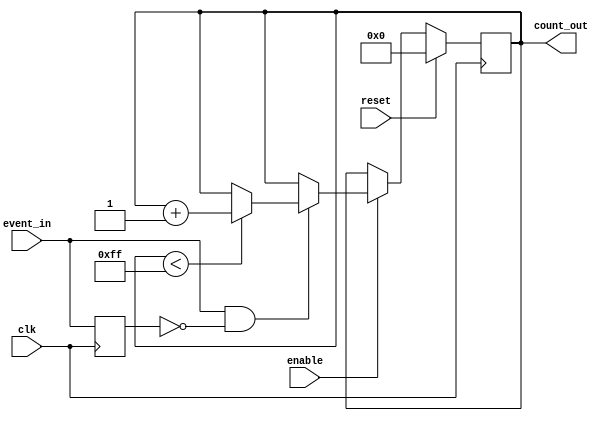
module event_triggered_counter (
    input wire clk,          // Clock signal
    input wire reset,        // Reset signal (active high)
    input wire enable,       // Enable signal (active high)
    input wire event_in,     // Event signal (triggers increment on rising edge)
    output reg [7:0] count_out // Count output (8-bit wide, adjust as needed)
);

    // Internal signal for detecting rising edge of event_in
    reg event_in_prev;

    // Synchronous process
    always @(posedge clk) begin
        // Check for reset condition
        if (reset) begin
            count_out <= 8'b0; // Reset count to zero
        end else if (enable) begin
            // Detect rising edge of event_in
            if (event_in && !event_in_prev) begin
                // Increment count if event_in is high and was low previously
                if (count_out < 8'hFF) begin // Check for maximum count (255)
                    count_out <= count_out + 1;
                end
            end
        end
        
        // Update previous event_in state
        event_in_prev <= event_in;
    end

endmodule